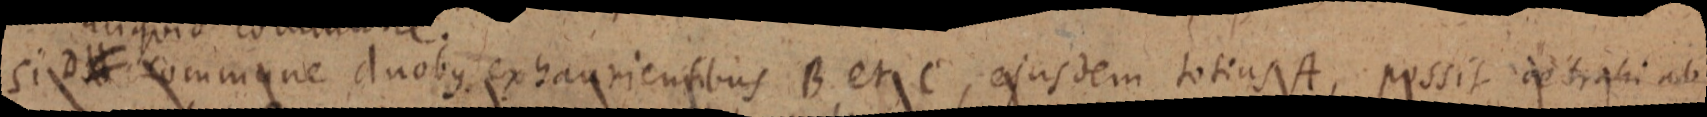
ci D _ commune duobus exhaurientibus B et C, ejusdem totius A, possit detrahi ab